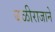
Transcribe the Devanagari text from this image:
बळीराजाने